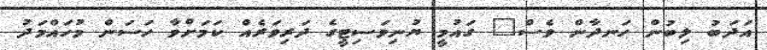
އަދަބު ލިބުން ހަނދާން ވެސް" ގައުމީ ޔުނިވަސިޓީގެ ދަރިވަރެއް ކަމަށްވާ ހަސަން މުހައްމަދު